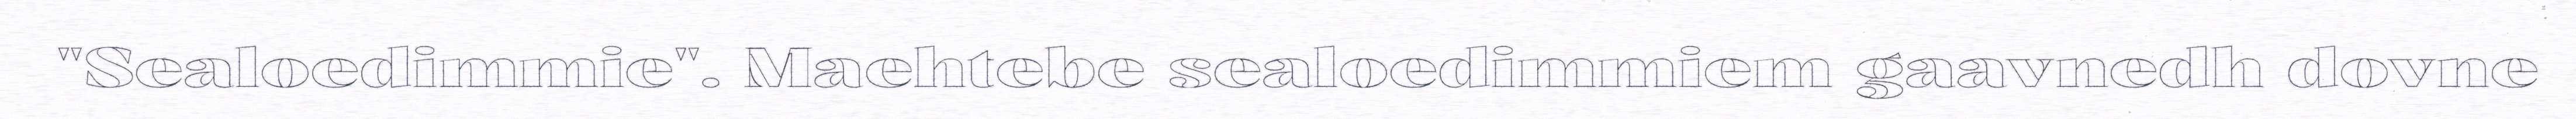
"Sealoedimmie". Maehtebe sealoedimmiem gaavnedh dovne